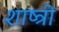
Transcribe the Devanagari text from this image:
शाष्त्री